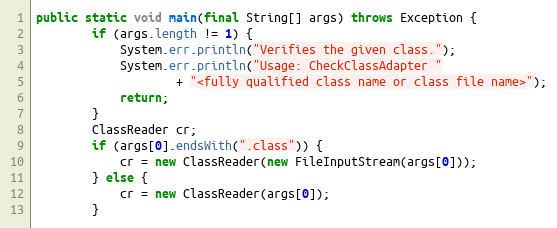
Language: Java
public static void main(final String[] args) throws Exception {
        if (args.length != 1) {
            System.err.println("Verifies the given class.");
            System.err.println("Usage: CheckClassAdapter "
                    + "<fully qualified class name or class file name>");
            return;
        }
        ClassReader cr;
        if (args[0].endsWith(".class")) {
            cr = new ClassReader(new FileInputStream(args[0]));
        } else {
            cr = new ClassReader(args[0]);
        }